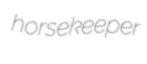
horsekeeper